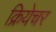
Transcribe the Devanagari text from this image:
क्रियेचर